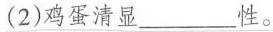
(2)鸡蛋清显___性。